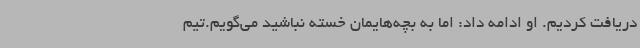
دریافت کردیم. او ادامه داد: اما به بچه‌هایمان خسته نباشید می‌گویم.تیم